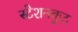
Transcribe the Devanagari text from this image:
स्टेशनकूट